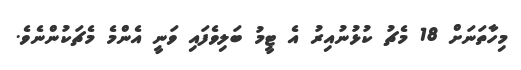
މިހާތަނަށް 18 މެޗު ކުޅުނުއިރު އެ ޓީމު ބަލިވެފައި ވަނީ އެންމެ މެޗަކުންނެވެ.